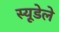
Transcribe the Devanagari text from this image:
स्यूडेले